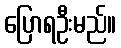
ပြောရဦးမည်။